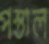
পস্তাল